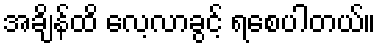
အချိန်ထိ လေ့လာခွင့် ရစေပါတယ်။